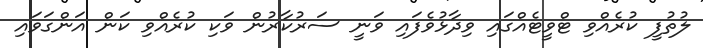
ލުތުފީ ކުރެއްވި ޓްވީޓެއްގައި ވިދާޅުވެފަައި ވަނީ ސަރުކާރުން ވަކި ކުރެއްވި ކަން އަންގަވައި